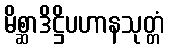
မိစ္ဆာဒိဋ္ဌိပဟာနသုတ္တံ